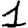
Digit: 1